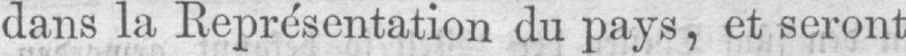
dans la Représentation du pays, et seront